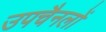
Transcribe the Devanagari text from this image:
उपचैनलों